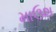
માઉશ